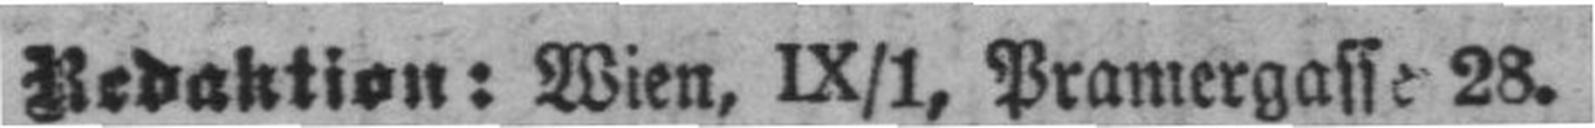
Redaktion: Wien, IX/1, Pramergasse 28.